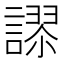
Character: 𮘸